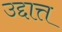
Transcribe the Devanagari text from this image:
उद्दात्त